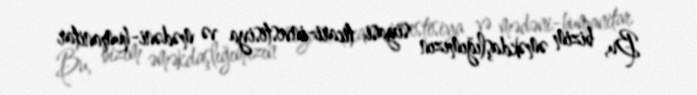
Bu, bizim əməkdaşlığımızın siyasi, ticari-investisiya və mədəni-humanitar